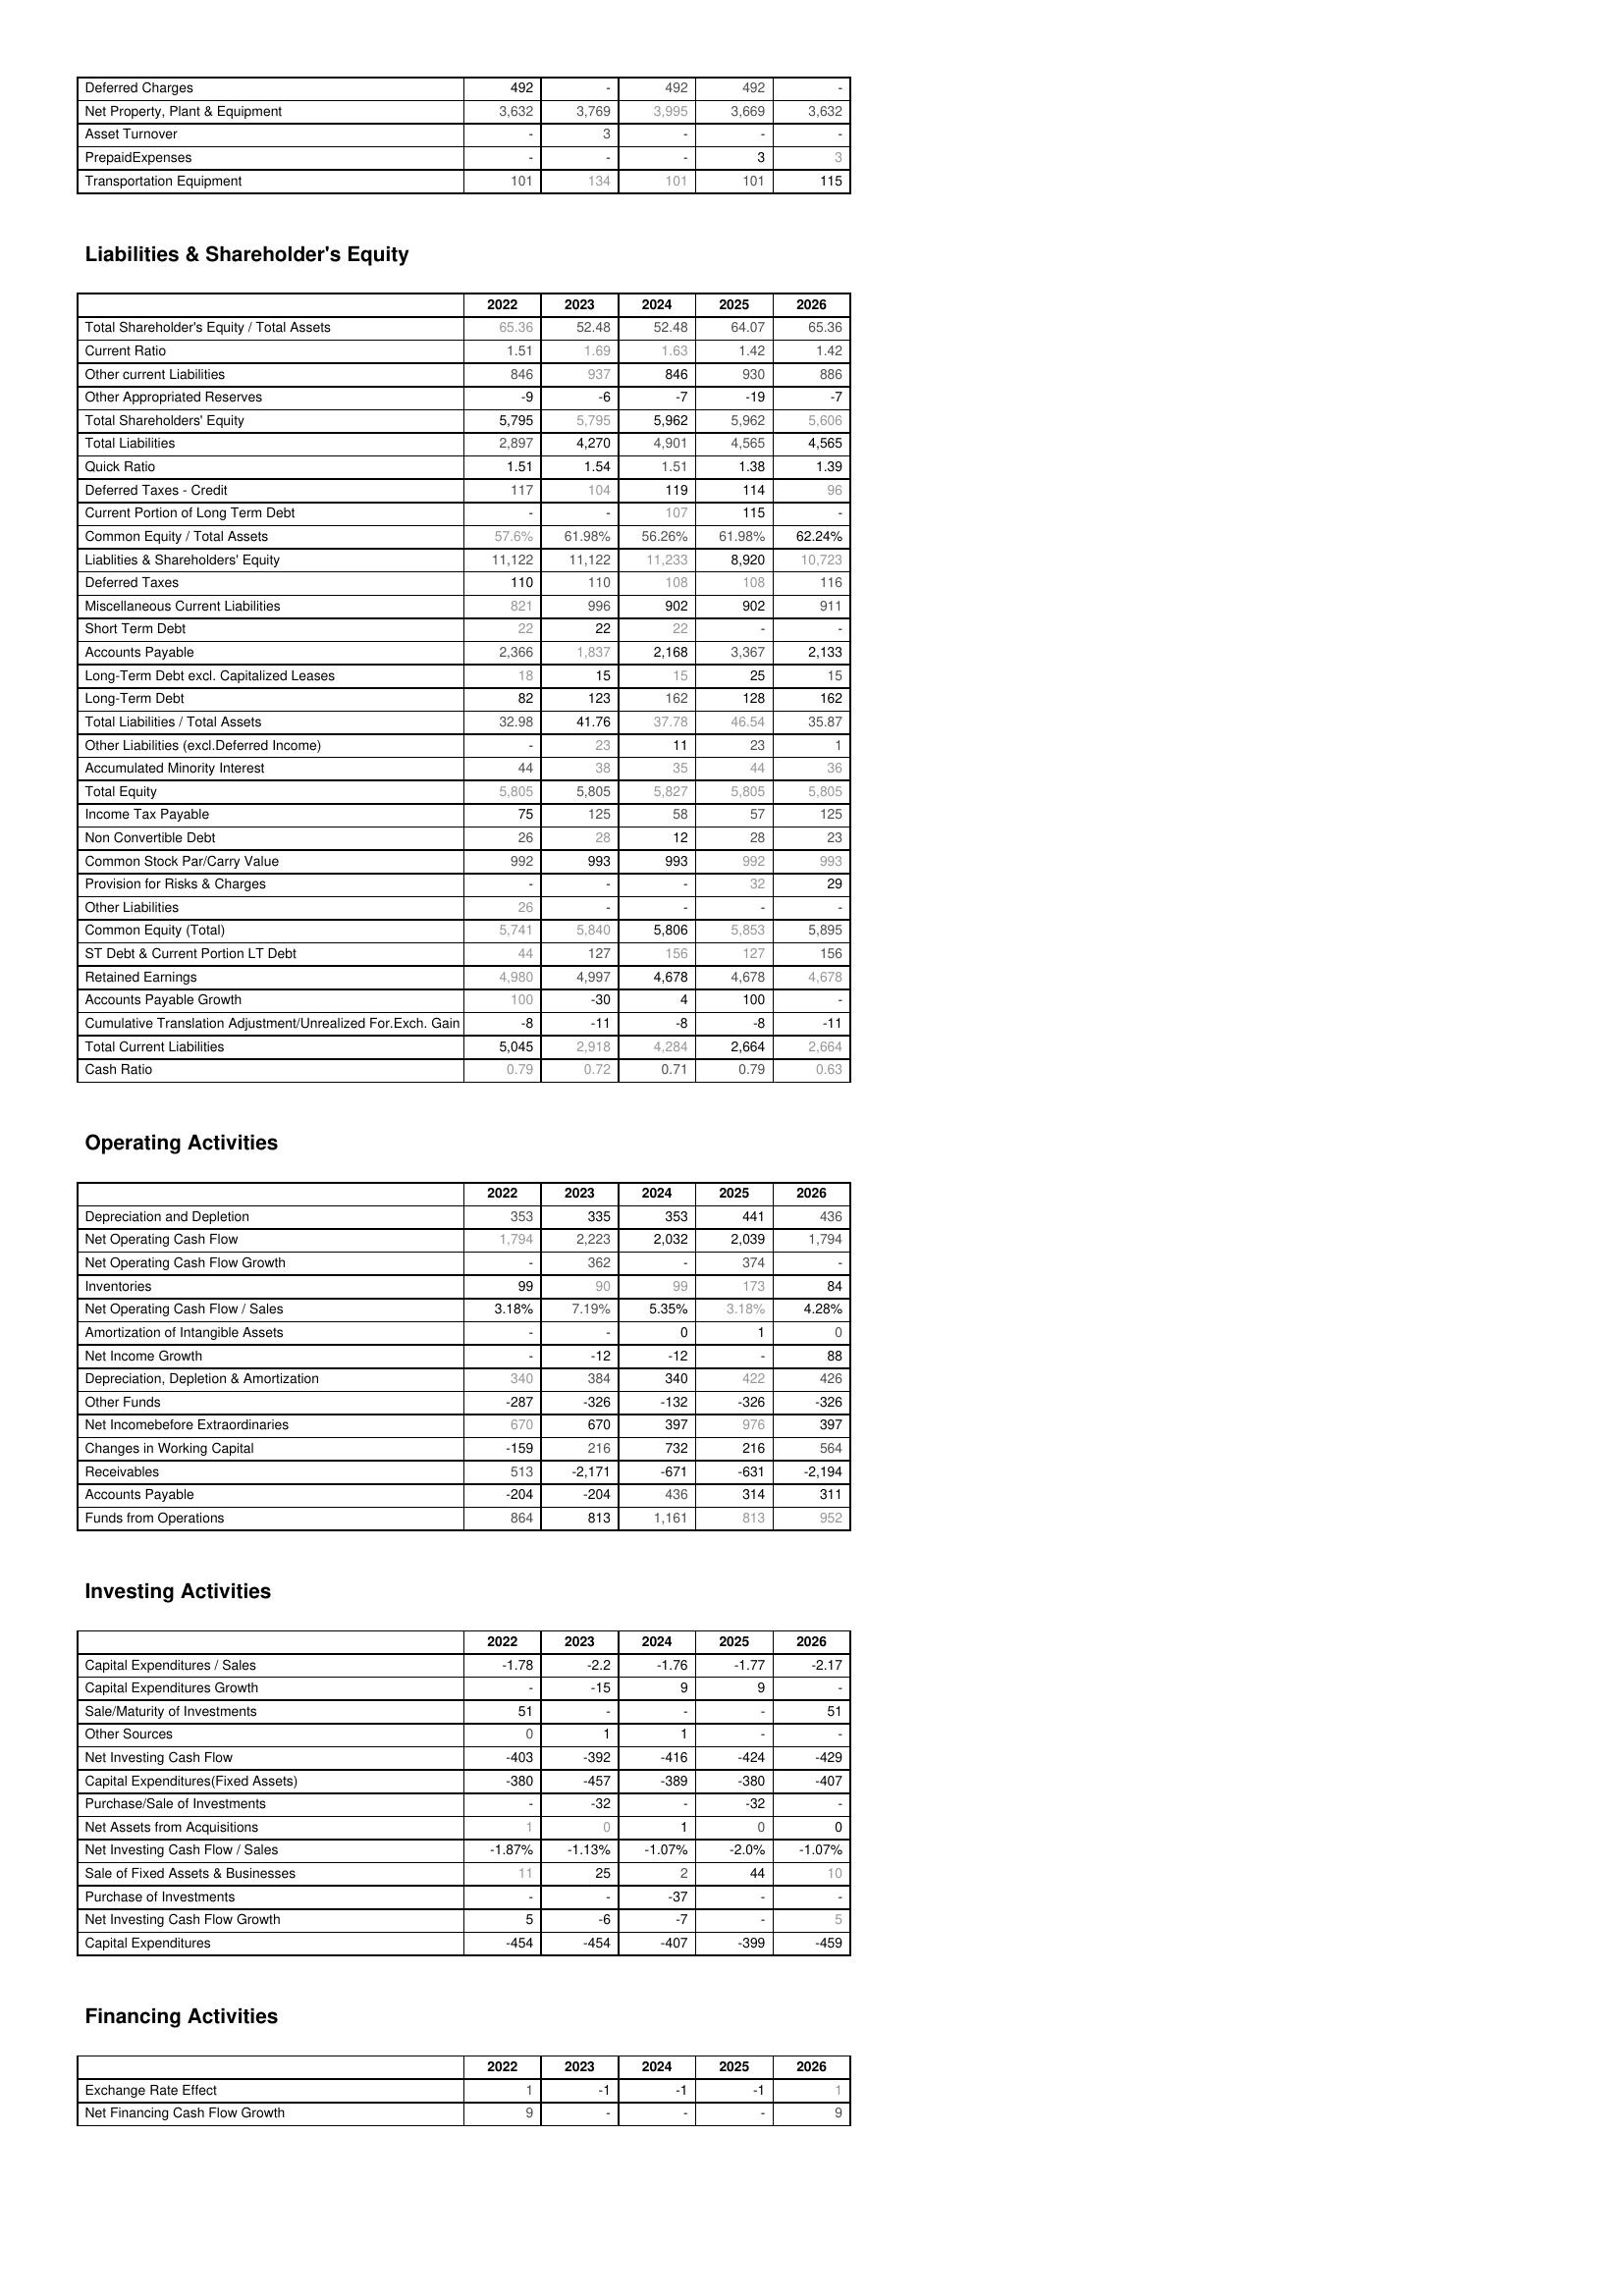
2022: Assets: Deferred Charges: 492
Net Property, Plant & Equipment: 3,632
Asset Turnover: -
PrepaidExpenses: -
Transportation Equipment: 101
Liabilities & Shareholder's Equity: Total Shareholder's Equity / Total Assets: 65.36
Current Ratio: 1.51
Other current Liabilities: 846
Other Appropriated Reserves: -9
Total Shareholders' Equity: 5,795
Total Liabilities: 2,897
Quick Ratio: 1.51
Deferred Taxes - Credit: 117
Current Portion of Long Term Debt: -
Common Equity / Total Assets: 57.6%
Liablities & Shareholders' Equity: 11,122
Deferred Taxes: 110
Miscellaneous Current Liabilities: 821
Short Term Debt: 22
Accounts Payable: 2,366
Long-Term Debt excl. Capitalized Leases: 18
Long-Term Debt: 82
Total Liabilities / Total Assets: 32.98
Other Liabilities (excl.Deferred Income): -
Accumulated Minority Interest: 44
Total Equity: 5,805
Income Tax Payable: 75
Non Convertible Debt: 26
Common Stock Par/Carry Value: 992
Provision for Risks & Charges: -
Other Liabilities: 26
Common Equity (Total): 5,741
ST Debt & Current Portion LT Debt: 44
Retained Earnings: 4,980
Accounts Payable Growth: 100
Cumulative Translation Adjustment/Unrealized For.Exch. Gain: -8
Total Current Liabilities: 5,045
Cash Ratio: 0.79
Operating Activities: Depreciation and Depletion: 353
Net Operating Cash Flow: 1,794
Net Operating Cash Flow Growth: -
Inventories: 99
Net Operating Cash Flow / Sales: 3.18%
Amortization of Intangible Assets: -
Net Income Growth: -
Depreciation, Depletion & Amortization: 340
Other Funds: -287
Net Incomebefore Extraordinaries: 670
Changes in Working Capital: -159
Receivables: 513
Accounts Payable: -204
Funds from Operations: 864
Investing Activities: Capital Expenditures / Sales: -1.78
Capital Expenditures Growth: -
Sale/Maturity of Investments: 51
Other Sources: 0
Net Investing Cash Flow: -403
Capital Expenditures(Fixed Assets): -380
Purchase/Sale of Investments: -
Net Assets from Acquisitions: 1
Net Investing Cash Flow / Sales: -1.87%
Sale of Fixed Assets & Businesses: 11
Purchase of Investments: -
Net Investing Cash Flow Growth: 5
Capital Expenditures: -454
Financing Activities: Exchange Rate Effect: 1
Net Financing Cash Flow Growth: 9
2023: Assets: Deferred Charges: -
Net Property, Plant & Equipment: 3,769
Asset Turnover: 3
PrepaidExpenses: -
Transportation Equipment: 134
Liabilities & Shareholder's Equity: Total Shareholder's Equity / Total Assets: 52.48
Current Ratio: 1.69
Other current Liabilities: 937
Other Appropriated Reserves: -6
Total Shareholders' Equity: 5,795
Total Liabilities: 4,270
Quick Ratio: 1.54
Deferred Taxes - Credit: 104
Current Portion of Long Term Debt: -
Common Equity / Total Assets: 61.98%
Liablities & Shareholders' Equity: 11,122
Deferred Taxes: 110
Miscellaneous Current Liabilities: 996
Short Term Debt: 22
Accounts Payable: 1,837
Long-Term Debt excl. Capitalized Leases: 15
Long-Term Debt: 123
Total Liabilities / Total Assets: 41.76
Other Liabilities (excl.Deferred Income): 23
Accumulated Minority Interest: 38
Total Equity: 5,805
Income Tax Payable: 125
Non Convertible Debt: 28
Common Stock Par/Carry Value: 993
Provision for Risks & Charges: -
Other Liabilities: -
Common Equity (Total): 5,840
ST Debt & Current Portion LT Debt: 127
Retained Earnings: 4,997
Accounts Payable Growth: -30
Cumulative Translation Adjustment/Unrealized For.Exch. Gain: -11
Total Current Liabilities: 2,918
Cash Ratio: 0.72
Operating Activities: Depreciation and Depletion: 335
Net Operating Cash Flow: 2,223
Net Operating Cash Flow Growth: 362
Inventories: 90
Net Operating Cash Flow / Sales: 7.19%
Amortization of Intangible Assets: -
Net Income Growth: -12
Depreciation, Depletion & Amortization: 384
Other Funds: -326
Net Incomebefore Extraordinaries: 670
Changes in Working Capital: 216
Receivables: -2,171
Accounts Payable: -204
Funds from Operations: 813
Investing Activities: Capital Expenditures / Sales: -2.2
Capital Expenditures Growth: -15
Sale/Maturity of Investments: -
Other Sources: 1
Net Investing Cash Flow: -392
Capital Expenditures(Fixed Assets): -457
Purchase/Sale of Investments: -32
Net Assets from Acquisitions: 0
Net Investing Cash Flow / Sales: -1.13%
Sale of Fixed Assets & Businesses: 25
Purchase of Investments: -
Net Investing Cash Flow Growth: -6
Capital Expenditures: -454
Financing Activities: Exchange Rate Effect: -1
Net Financing Cash Flow Growth: -
2024: Assets: Deferred Charges: 492
Net Property, Plant & Equipment: 3,995
Asset Turnover: -
PrepaidExpenses: -
Transportation Equipment: 101
Liabilities & Shareholder's Equity: Total Shareholder's Equity / Total Assets: 52.48
Current Ratio: 1.63
Other current Liabilities: 846
Other Appropriated Reserves: -7
Total Shareholders' Equity: 5,962
Total Liabilities: 4,901
Quick Ratio: 1.51
Deferred Taxes - Credit: 119
Current Portion of Long Term Debt: 107
Common Equity / Total Assets: 56.26%
Liablities & Shareholders' Equity: 11,233
Deferred Taxes: 108
Miscellaneous Current Liabilities: 902
Short Term Debt: 22
Accounts Payable: 2,168
Long-Term Debt excl. Capitalized Leases: 15
Long-Term Debt: 162
Total Liabilities / Total Assets: 37.78
Other Liabilities (excl.Deferred Income): 11
Accumulated Minority Interest: 35
Total Equity: 5,827
Income Tax Payable: 58
Non Convertible Debt: 12
Common Stock Par/Carry Value: 993
Provision for Risks & Charges: -
Other Liabilities: -
Common Equity (Total): 5,806
ST Debt & Current Portion LT Debt: 156
Retained Earnings: 4,678
Accounts Payable Growth: 4
Cumulative Translation Adjustment/Unrealized For.Exch. Gain: -8
Total Current Liabilities: 4,284
Cash Ratio: 0.71
Operating Activities: Depreciation and Depletion: 353
Net Operating Cash Flow: 2,032
Net Operating Cash Flow Growth: -
Inventories: 99
Net Operating Cash Flow / Sales: 5.35%
Amortization of Intangible Assets: 0
Net Income Growth: -12
Depreciation, Depletion & Amortization: 340
Other Funds: -132
Net Incomebefore Extraordinaries: 397
Changes in Working Capital: 732
Receivables: -671
Accounts Payable: 436
Funds from Operations: 1,161
Investing Activities: Capital Expenditures / Sales: -1.76
Capital Expenditures Growth: 9
Sale/Maturity of Investments: -
Other Sources: 1
Net Investing Cash Flow: -416
Capital Expenditures(Fixed Assets): -389
Purchase/Sale of Investments: -
Net Assets from Acquisitions: 1
Net Investing Cash Flow / Sales: -1.07%
Sale of Fixed Assets & Businesses: 2
Purchase of Investments: -37
Net Investing Cash Flow Growth: -7
Capital Expenditures: -407
Financing Activities: Exchange Rate Effect: -1
Net Financing Cash Flow Growth: -
2025: Assets: Deferred Charges: 492
Net Property, Plant & Equipment: 3,669
Asset Turnover: -
PrepaidExpenses: 3
Transportation Equipment: 101
Liabilities & Shareholder's Equity: Total Shareholder's Equity / Total Assets: 64.07
Current Ratio: 1.42
Other current Liabilities: 930
Other Appropriated Reserves: -19
Total Shareholders' Equity: 5,962
Total Liabilities: 4,565
Quick Ratio: 1.38
Deferred Taxes - Credit: 114
Current Portion of Long Term Debt: 115
Common Equity / Total Assets: 61.98%
Liablities & Shareholders' Equity: 8,920
Deferred Taxes: 108
Miscellaneous Current Liabilities: 902
Short Term Debt: -
Accounts Payable: 3,367
Long-Term Debt excl. Capitalized Leases: 25
Long-Term Debt: 128
Total Liabilities / Total Assets: 46.54
Other Liabilities (excl.Deferred Income): 23
Accumulated Minority Interest: 44
Total Equity: 5,805
Income Tax Payable: 57
Non Convertible Debt: 28
Common Stock Par/Carry Value: 992
Provision for Risks & Charges: 32
Other Liabilities: -
Common Equity (Total): 5,853
ST Debt & Current Portion LT Debt: 127
Retained Earnings: 4,678
Accounts Payable Growth: 100
Cumulative Translation Adjustment/Unrealized For.Exch. Gain: -8
Total Current Liabilities: 2,664
Cash Ratio: 0.79
Operating Activities: Depreciation and Depletion: 441
Net Operating Cash Flow: 2,039
Net Operating Cash Flow Growth: 374
Inventories: 173
Net Operating Cash Flow / Sales: 3.18%
Amortization of Intangible Assets: 1
Net Income Growth: -
Depreciation, Depletion & Amortization: 422
Other Funds: -326
Net Incomebefore Extraordinaries: 976
Changes in Working Capital: 216
Receivables: -631
Accounts Payable: 314
Funds from Operations: 813
Investing Activities: Capital Expenditures / Sales: -1.77
Capital Expenditures Growth: 9
Sale/Maturity of Investments: -
Other Sources: -
Net Investing Cash Flow: -424
Capital Expenditures(Fixed Assets): -380
Purchase/Sale of Investments: -32
Net Assets from Acquisitions: 0
Net Investing Cash Flow / Sales: -2.0%
Sale of Fixed Assets & Businesses: 44
Purchase of Investments: -
Net Investing Cash Flow Growth: -
Capital Expenditures: -399
Financing Activities: Exchange Rate Effect: -1
Net Financing Cash Flow Growth: -
2026: Assets: Deferred Charges: -
Net Property, Plant & Equipment: 3,632
Asset Turnover: -
PrepaidExpenses: 3
Transportation Equipment: 115
Liabilities & Shareholder's Equity: Total Shareholder's Equity / Total Assets: 65.36
Current Ratio: 1.42
Other current Liabilities: 886
Other Appropriated Reserves: -7
Total Shareholders' Equity: 5,606
Total Liabilities: 4,565
Quick Ratio: 1.39
Deferred Taxes - Credit: 96
Current Portion of Long Term Debt: -
Common Equity / Total Assets: 62.24%
Liablities & Shareholders' Equity: 10,723
Deferred Taxes: 116
Miscellaneous Current Liabilities: 911
Short Term Debt: -
Accounts Payable: 2,133
Long-Term Debt excl. Capitalized Leases: 15
Long-Term Debt: 162
Total Liabilities / Total Assets: 35.87
Other Liabilities (excl.Deferred Income): 1
Accumulated Minority Interest: 36
Total Equity: 5,805
Income Tax Payable: 125
Non Convertible Debt: 23
Common Stock Par/Carry Value: 993
Provision for Risks & Charges: 29
Other Liabilities: -
Common Equity (Total): 5,895
ST Debt & Current Portion LT Debt: 156
Retained Earnings: 4,678
Accounts Payable Growth: -
Cumulative Translation Adjustment/Unrealized For.Exch. Gain: -11
Total Current Liabilities: 2,664
Cash Ratio: 0.63
Operating Activities: Depreciation and Depletion: 436
Net Operating Cash Flow: 1,794
Net Operating Cash Flow Growth: -
Inventories: 84
Net Operating Cash Flow / Sales: 4.28%
Amortization of Intangible Assets: 0
Net Income Growth: 88
Depreciation, Depletion & Amortization: 426
Other Funds: -326
Net Incomebefore Extraordinaries: 397
Changes in Working Capital: 564
Receivables: -2,194
Accounts Payable: 311
Funds from Operations: 952
Investing Activities: Capital Expenditures / Sales: -2.17
Capital Expenditures Growth: -
Sale/Maturity of Investments: 51
Other Sources: -
Net Investing Cash Flow: -429
Capital Expenditures(Fixed Assets): -407
Purchase/Sale of Investments: -
Net Assets from Acquisitions: 0
Net Investing Cash Flow / Sales: -1.07%
Sale of Fixed Assets & Businesses: 10
Purchase of Investments: -
Net Investing Cash Flow Growth: 5
Capital Expenditures: -459
Financing Activities: Exchange Rate Effect: 1
Net Financing Cash Flow Growth: 9